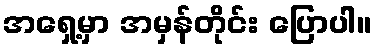
အရှေ့မှာ အမှန်တိုင်း ပြောပါ။